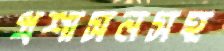
প্রশাসনসহ